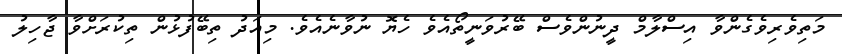
މަތިވެރިވެގެންވާ އިސްލާމް ދީނުންވެސް ބޭރުވަނީތޯއެވެ ހެޔޮ ނުވާނެއެވެ. މިއަދު ތިބޭފުޅުން ތިކުރަށްވާ ޖާހިލު